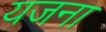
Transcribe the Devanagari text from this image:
यजना